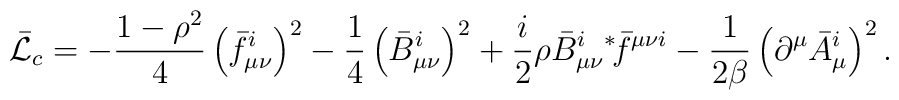
\bar{\cal L}_c  =-\frac{1-\rho^2}4\left(\bar f_{\mu\nu}^i\right)^2   -\frac14\left(\bar B_{\mu\nu}^i\right)^2   +\frac i2\rho\bar B_{\mu\nu}^i{}^\ast\!\bar f^{\mu\nu i}   -\frac1{2\beta}\left(\partial^\mu\bar A_\mu^i\right)^2 .